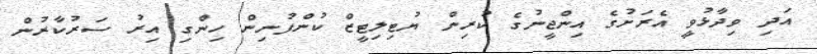
އަދި ވިދާޅުވީ އެރަށުގެ އިންޖީނުގެ ކުރިން ޔުޓިލިޓީޒް ކުންފުނިން ހިންގި އިރު ސަރުކާރުން